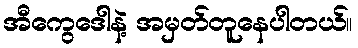
အီကွေဒေါနဲ့ အမှတ်တူနေပါတယ်။